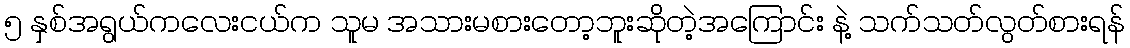
၅ နှစ်အရွယ်ကလေးငယ်က သူမ အသားမစားတော့ဘူးဆိုတဲ့အကြောင်း နဲ့ သက်သတ်လွတ်စားရန်